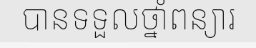
បានទទួលថ្នាំពន្យារ